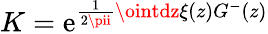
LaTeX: K=\mathrm{e}^{\frac{{1}}{{2\pii}}\ointdz\xi(z)G^{-}(z)}